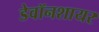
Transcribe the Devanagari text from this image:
डेवॉनशायर